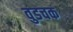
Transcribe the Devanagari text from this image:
वुडचक